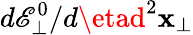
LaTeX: d\mathscr{E}_{\perp}^{0}/d\etad^{2}\mathbf{{x}}_{\perp}